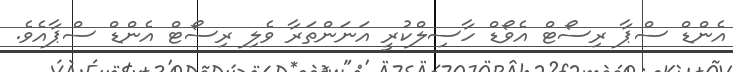
އެންޑް ސްޕާ ރިސޯޓް އެވޯޑް ހާސިލްކުރީ އަނަންތަރާ ވެލި ރިސޯޓް އެންޑް ސްޕާއެވެ.